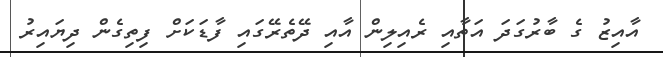
އާއިޒު ގެ ބާރުގަދަ އަތާއި ރެއިލިން އާއި ދޭތެރޭގައި ފާޑަކަށް ފިތިގެން ދިޔައިރު